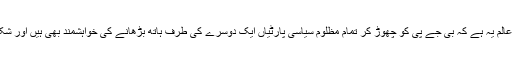
اس وقت تماشہ کا عالم یہ ہے کہ بی جے پی کو چھوڑ کر تمام مظلوم سیاسی پارٹیاں ایک دوسرے کی طرف ہاتھ بڑھانے کی خواہشمند بھی ہیں اور شک میں گرفتار بھی۔